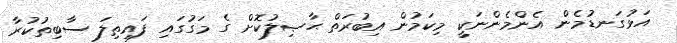
އަޅުގަނޑުމެން އެންމެންނަކީ މިކަމުން އިބުރަތް ޙާޞިލުކޮށް ގެ މަގުގައި ފައިތިލަ ސާބިތުކުރާ